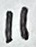
Text: 11